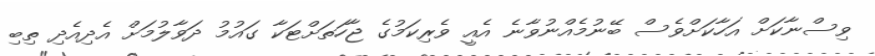
ވިސްނާކަށް އަހާކަށްވެސް ބޭނުމެއްނުވާނެ އެއީ ވެރިކަމުގެ ޖާހަތަށްޓަކާ ގައުމު ދަވާލުމަށް އެދިއެދި ތިބި